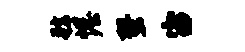
虢幄蛩宙